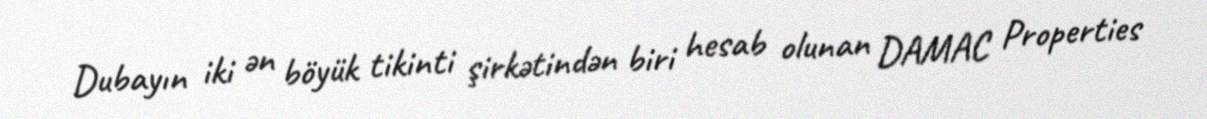
Dubayın iki ən böyük tikinti şirkətindən biri hesab olunan DAMAC Properties